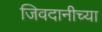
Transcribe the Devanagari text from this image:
जिवदानीच्या